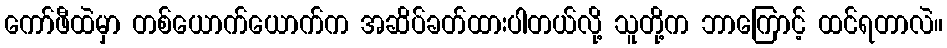
ကော်ဖီထဲမှာ တစ်ယောက်ယောက်က အဆိပ်ခတ်ထားပါတယ်လို့ သူတို့က ဘာကြောင့် ထင်ရတာလဲ။